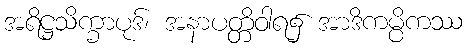
အရိဋ္ဌသိက္ခာပုဒ်၊ အနာပတ္တိဝါရ၌ အာဒိကမ္ပိကဿ